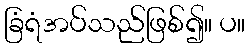
ခြံရံအပ်သည်ဖြစ်၍။ ပ။